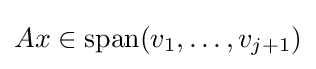
Ax\in \operatorname {span} (v_{1},\dotsc ,v_{j+1})